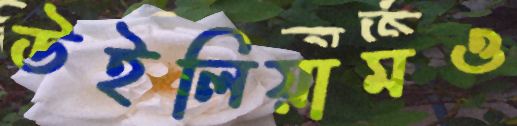
উইলিয়ামও